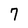
Character: 7